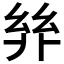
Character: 𢇅